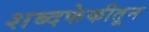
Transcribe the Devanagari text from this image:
शब्दफेकीतून